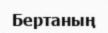
Бертаның